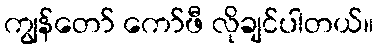
ကျွန်တော် ကော်ဖီ လိုချင်ပါတယ်။